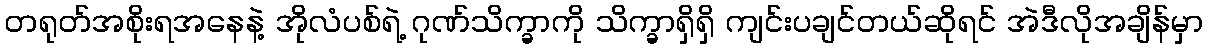
တရုတ်အစိုးရအနေနဲ့ အိုလံပစ်ရဲ့ ဂုဏ်သိက္ခာကို သိက္ခာရှိရှိ ကျင်းပချင်တယ်ဆိုရင် အဲဒီလိုအချိန်မှာ